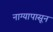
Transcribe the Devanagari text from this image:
नाग्यापासून